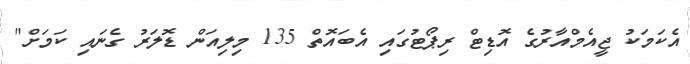
އެކަމަކު ޖީއެމްއާރުގެ އޮޑިޓް ރިޕޯޓުގައި އެބައޮތް 135 މިލިއަން ޑޮލަރު ގެނައި ކަމަށް"